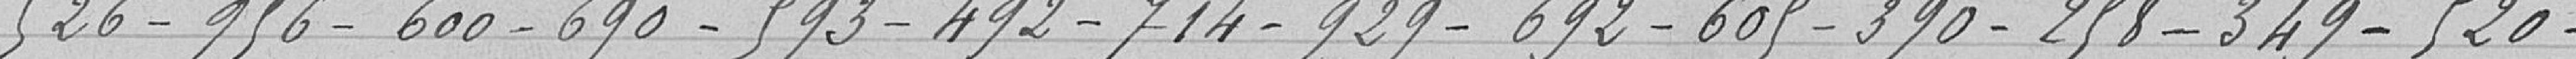
526-956-600-690-593-492-714-929-692-605-390-258-349-520-